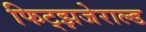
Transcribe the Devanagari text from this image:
फिट्झजेराल्ड